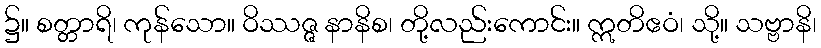
၌။ စတ္တာရိ၊ ကုန်သော။ ဝိဿဇ္ဇ နာနိစ၊ တို့လည်းကောင်း။ ဣတိဧဝံ၊ သို့။ သဗ္ဗာနိ၊